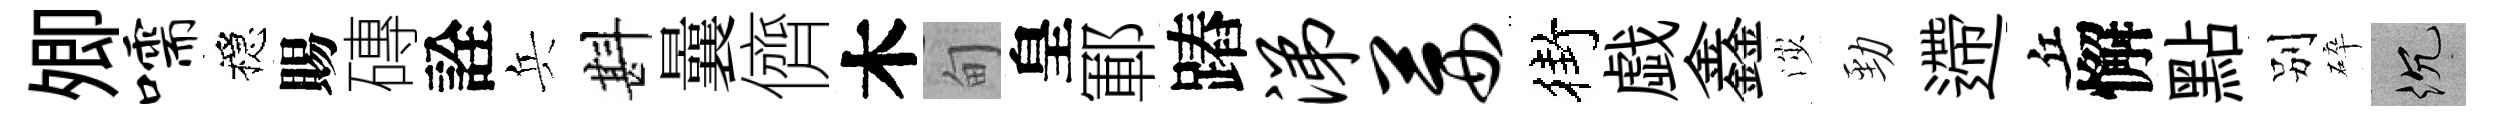
𡖖嚅穩賜磚詮兵斟曩儕木甸皇鄆蹖涕茜街戯鑫渉勁遰丘懈點别碎沉